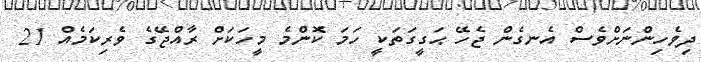
ދިވެހިންނަށްވެސް އެނގެން ޖެހޭ ޙަގީގަތަކީ ހަމަ ކޮންމެ މީހަކަށް ރާއްޖޭގެ ވެރިކަމެއް 21